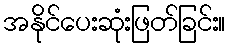
အနိုင်ပေးဆုံးဖြတ်ခြင်း။